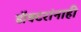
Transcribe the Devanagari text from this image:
डॉक्टरांनाही